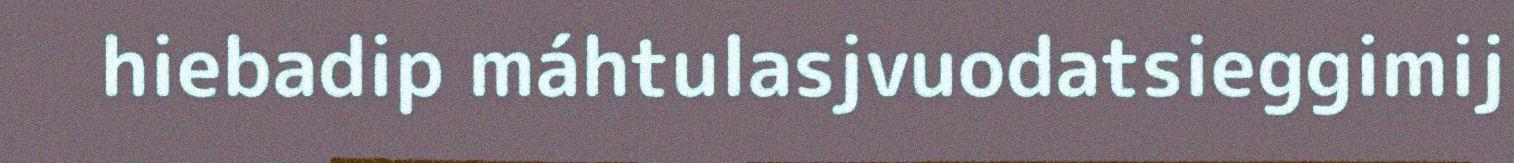
hiebadip máhtulasjvuodatsieggimij